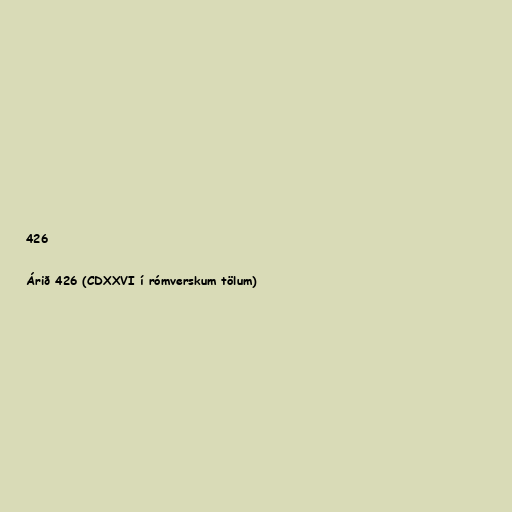
426

Árið 426 (CDXXVI í rómverskum tölum)